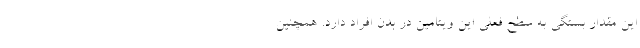
این مقدار بستگی به سطح فعلی این ویتامین در بدن افراد دارد. همچنین